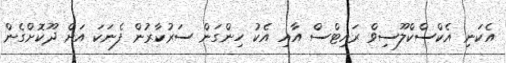
އެކަނި އެކްސްކްލޫސިވް ރައިޓްސް އާއި އެކު ހިންގަން ސަރުކާރުން ފެނަކަ އަށް ދޫކޮށްގެން